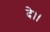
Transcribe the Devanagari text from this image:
दे।।